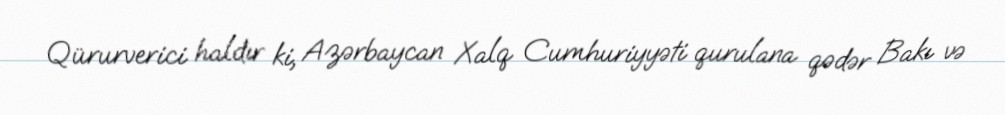
Qürurverici haldır ki, Azərbaycan Xalq Cumhuriyyəti qurulana qədər Bakı və